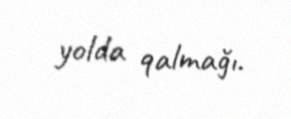
yolda qalmağı.